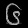
Digit: ၆